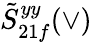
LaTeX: \tilde{S}_{21f}^{yy}(\vee)